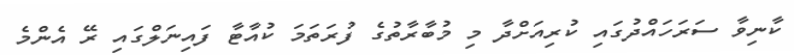
ކާނިވާ ސަރަހައްދުގައި ކުރިއަށްދާ މި މުބާރާތުގެ ފުރަތަމަ ކުއާޓާ ފައިނަލްގައި ރޭ އެންމެ